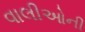
વાલીઓની